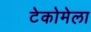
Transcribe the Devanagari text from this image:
टेकोमेला